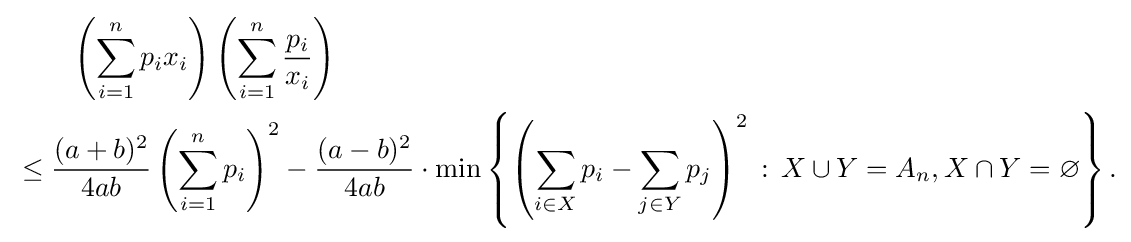
{\begin{aligned}&{}\qquad \left(\sum _{i=1}^{n}p_{i}x_{i}\right)\left(\sum _{i=1}^{n}{\frac {p_{i}}{x_{i}}}\right)\\&\leq {\frac {(a+b)^{2}}{4ab}}\left(\sum _{i=1}^{n}p_{i}\right)^{2}-{\frac {(a-b)^{2}}{4ab}}\cdot \min \left\{\left(\sum _{i\in X}p_{i}-\sum _{j\in Y}p_{j}\right)^{2}\,:\,{X\cup Y=A_{n}},{X\cap Y=\varnothing }\right\}.\end{aligned}}